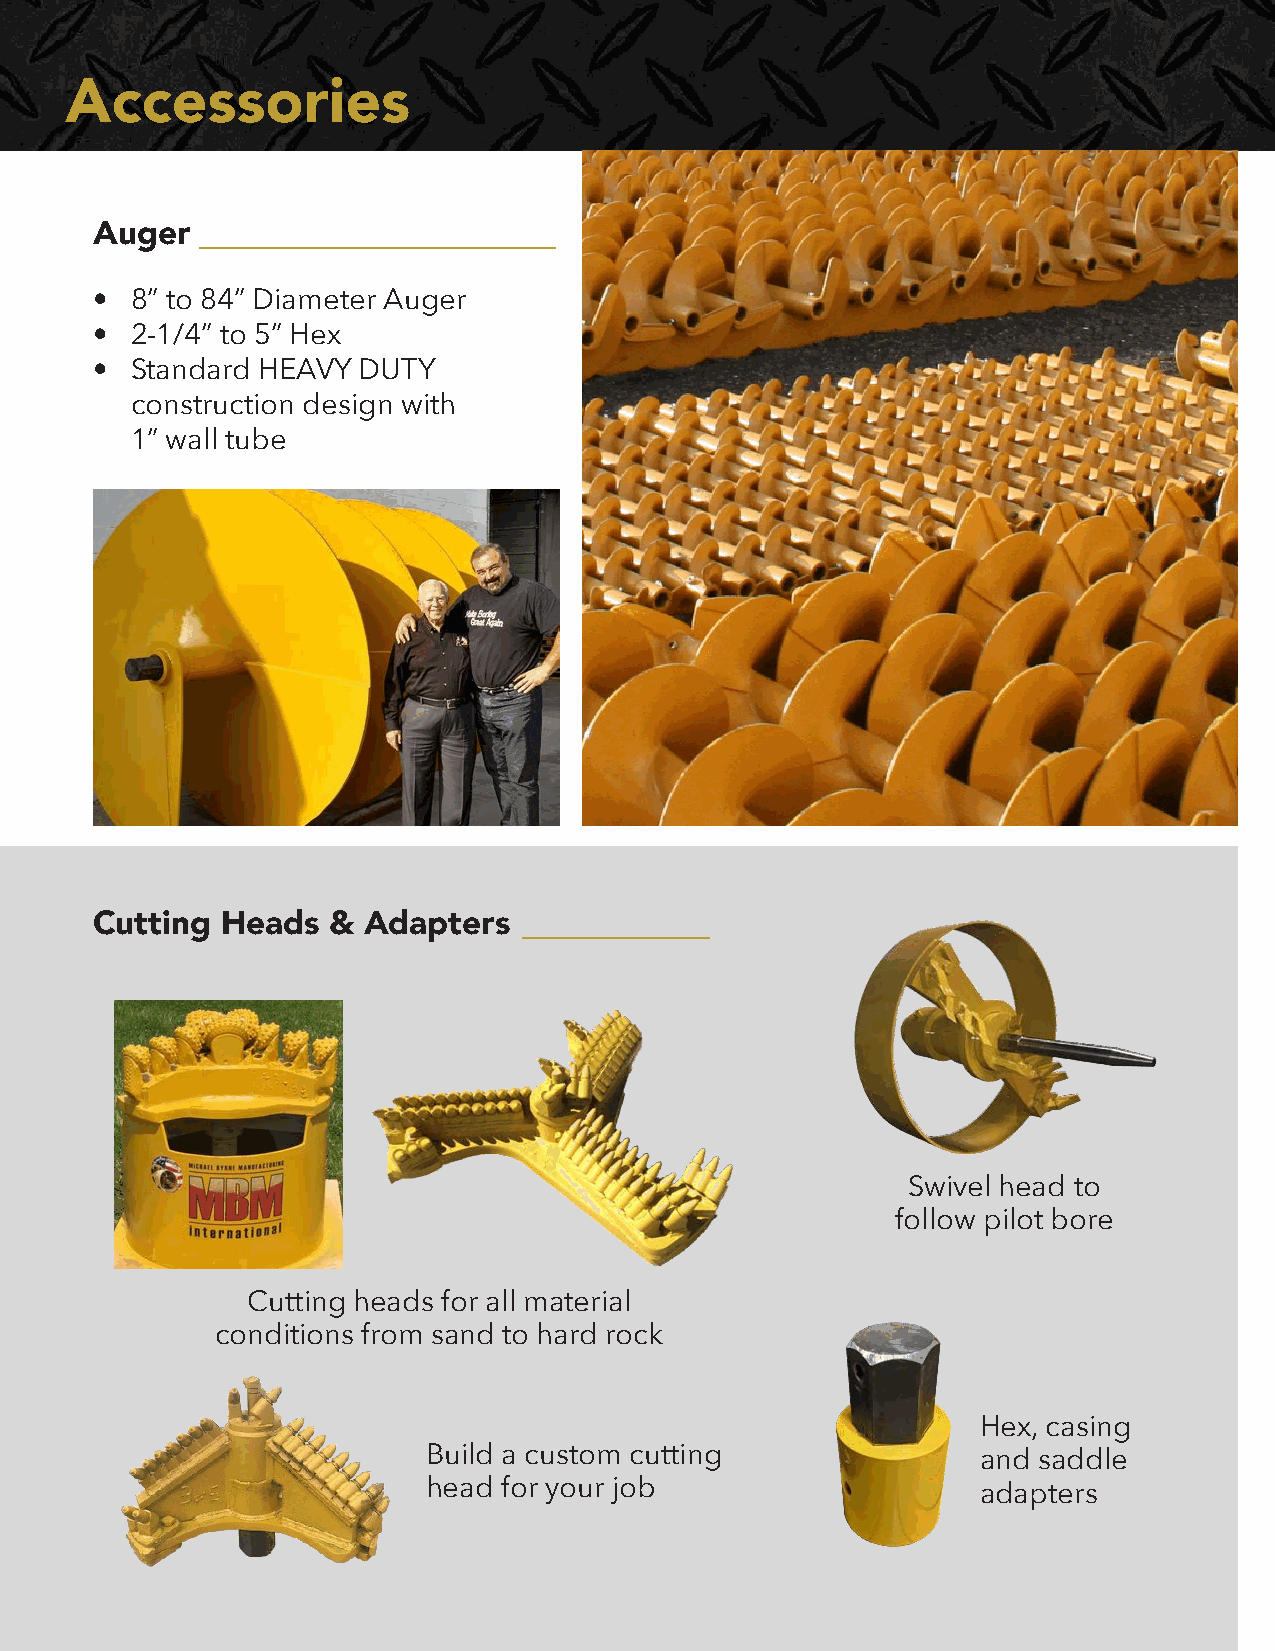
Accessories
 Auger  ___________________
 •  8” to 84” Diameter Auger
 •  2-1/4” to 5” Hex
 •  Standard HEAVY DUTY
 construction design with
 1” wall tube
 Cutting  Heads  & Adapters   __________
 Swivel head to
 follow pilot bore
 Cutting heads for all material
 conditions from sand to hard rock
 Hex, casing
 Build a custom cutting               and saddle
 head for your job                    adapters